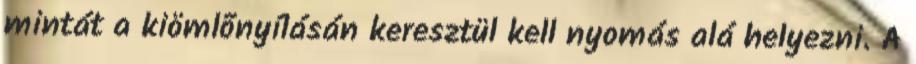
mintát a kiömlõnyílásán keresztül kell nyomás alá helyezni. A